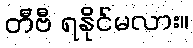
တီဗီ ရနိုင်မလား။